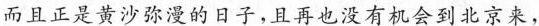
而且正是黄沙弥漫的日子，且再也没有机会到北京来，